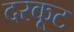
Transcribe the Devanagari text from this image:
दरकूट